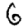
Digit: 6